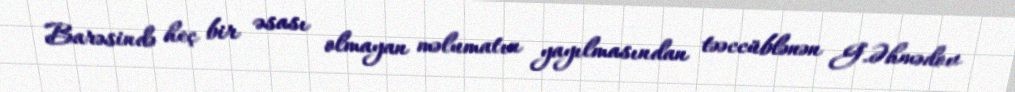
Barəsində heç bir əsası olmayan məlumatın yayılmasından təəccüblənən G.Əhmədov